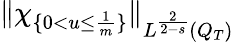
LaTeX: \lVert\chi_{\{ 0<u\leq\frac{1}{m}\} }\rVert_{L^{\frac{2}{2-s}}(Q_{T})}